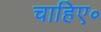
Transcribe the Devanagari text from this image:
चाहिए॰